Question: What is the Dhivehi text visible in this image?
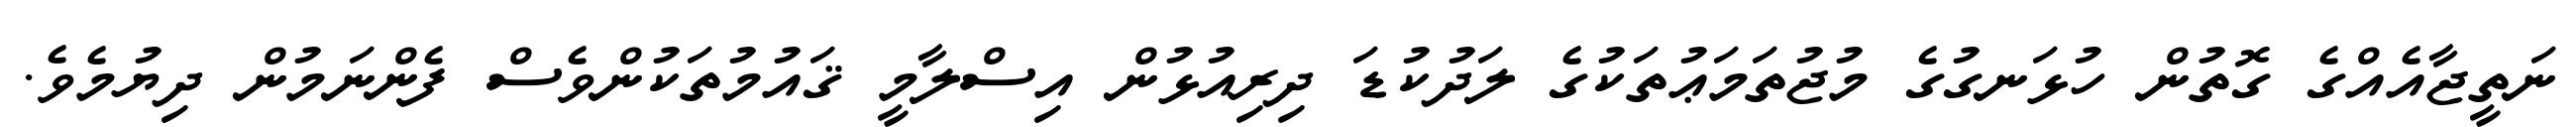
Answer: ނަތީޖާއެއްގެ ގޮތުން ހުޅަނގުގެ މުޖުތަމަޢުތަކުގެ ލަދުކުޑަ ދިރިއުޅުން އިސްލާމީ ޤައުމުތަކުންވެސް ފެންނަމުން ދިޔުމެވެ.